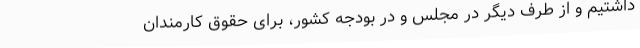
داشتیم و از طرف دیگر در مجلس و در بودجه کشور، برای حقوق کارمندان